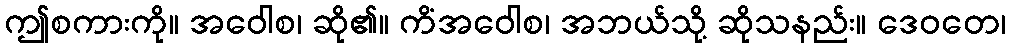
ဤစကားကို။ အဝေါစ၊ ဆို၏။ ကိံအဝေါစ၊ အဘယ်သို့ ဆိုသနည်း။ ဒေဝတေ၊